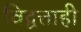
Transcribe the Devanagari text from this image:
विद्वत्ताही